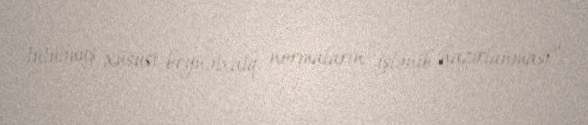
tutulmuş xüsusi beynəlxalq normaların işlənib hazırlanması”.